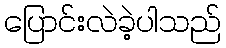
ပြောင်းလဲခဲ့ပါသည်